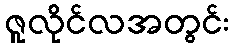
ဇူလိုင်လအတွင်း